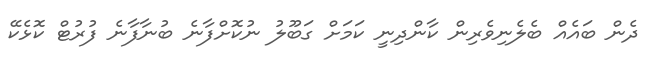
ދެން ބައެއް ބެލެނިވެރިން ކާންދިނީ ކަމަށް ގަބޫލު ނުކޮށްފާނެ ބުނާފާނެ ފުރުޓް ކޮޅެކޭ